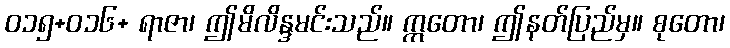
ဝ၁၅+ဝ၁၆+ ရာဇာ၊ ဤမိလိန္ဒမင်းသည်။ ဣတော၊ ဤနတ်ပြည်မှ။ စုတော၊